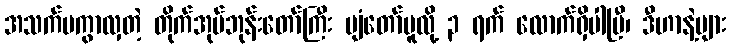
အသက်မကွာလှတဲ့ တိုက်အုပ်ဘုန်းတော်ကြီး ပျံတော်မူလို့ ၃ ရက် လောက်ရှိပါပြီ၊ ဒီဟာနဲ့များ